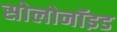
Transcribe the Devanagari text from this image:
सोलोनॉइड